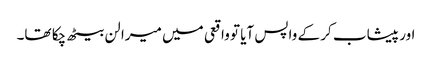
اور پیشاب کر کے واپس آیا تو واقعی میں میرا لن بیٹھ چکا تھا۔